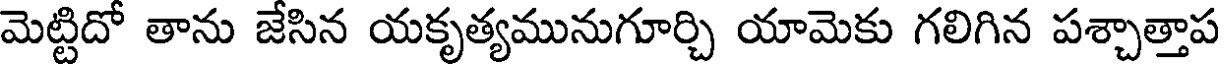
మెట్టిదో తాను జేసిన యకృత్యమునుగూర్చి యామెకు గలిగిన పశ్చాత్తాప